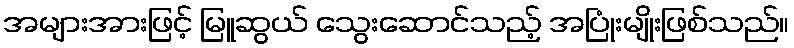
အများအားဖြင့် မြူဆွယ် သွေးဆောင်သည့် အပြုံးမျိုးဖြစ်သည်။